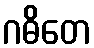
ဂဓိတေ